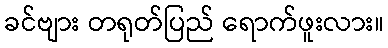
ခင်ဗျား တရုတ်ပြည် ရောက်ဖူးလား။